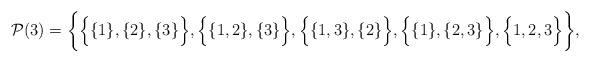
LaTeX: \begin{align*}\mathcal{P}(3) = \bigg\{ \Big\{ \{1\},\{2\},\{3\} \Big\}, \Big\{\{1,2\},\{3\} \Big\}, \Big\{\{1,3\},\{2\} \Big\}, \Big\{\{1\},\{2,3\} \Big\}, \Big\{1,2,3\Big\} \bigg \},\end{align*}